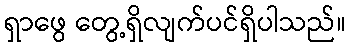
ရှာဖွေ တွေ့ရှိလျက်ပင်ရှိပါသည်။